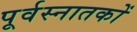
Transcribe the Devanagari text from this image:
पूर्वस्नातकों